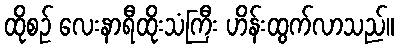
ထိုစဉ် လေးနာရီထိုးသံကြီး ဟိန်းထွက်လာသည်။